Leningradi_Edasi_toimetus, lk 56
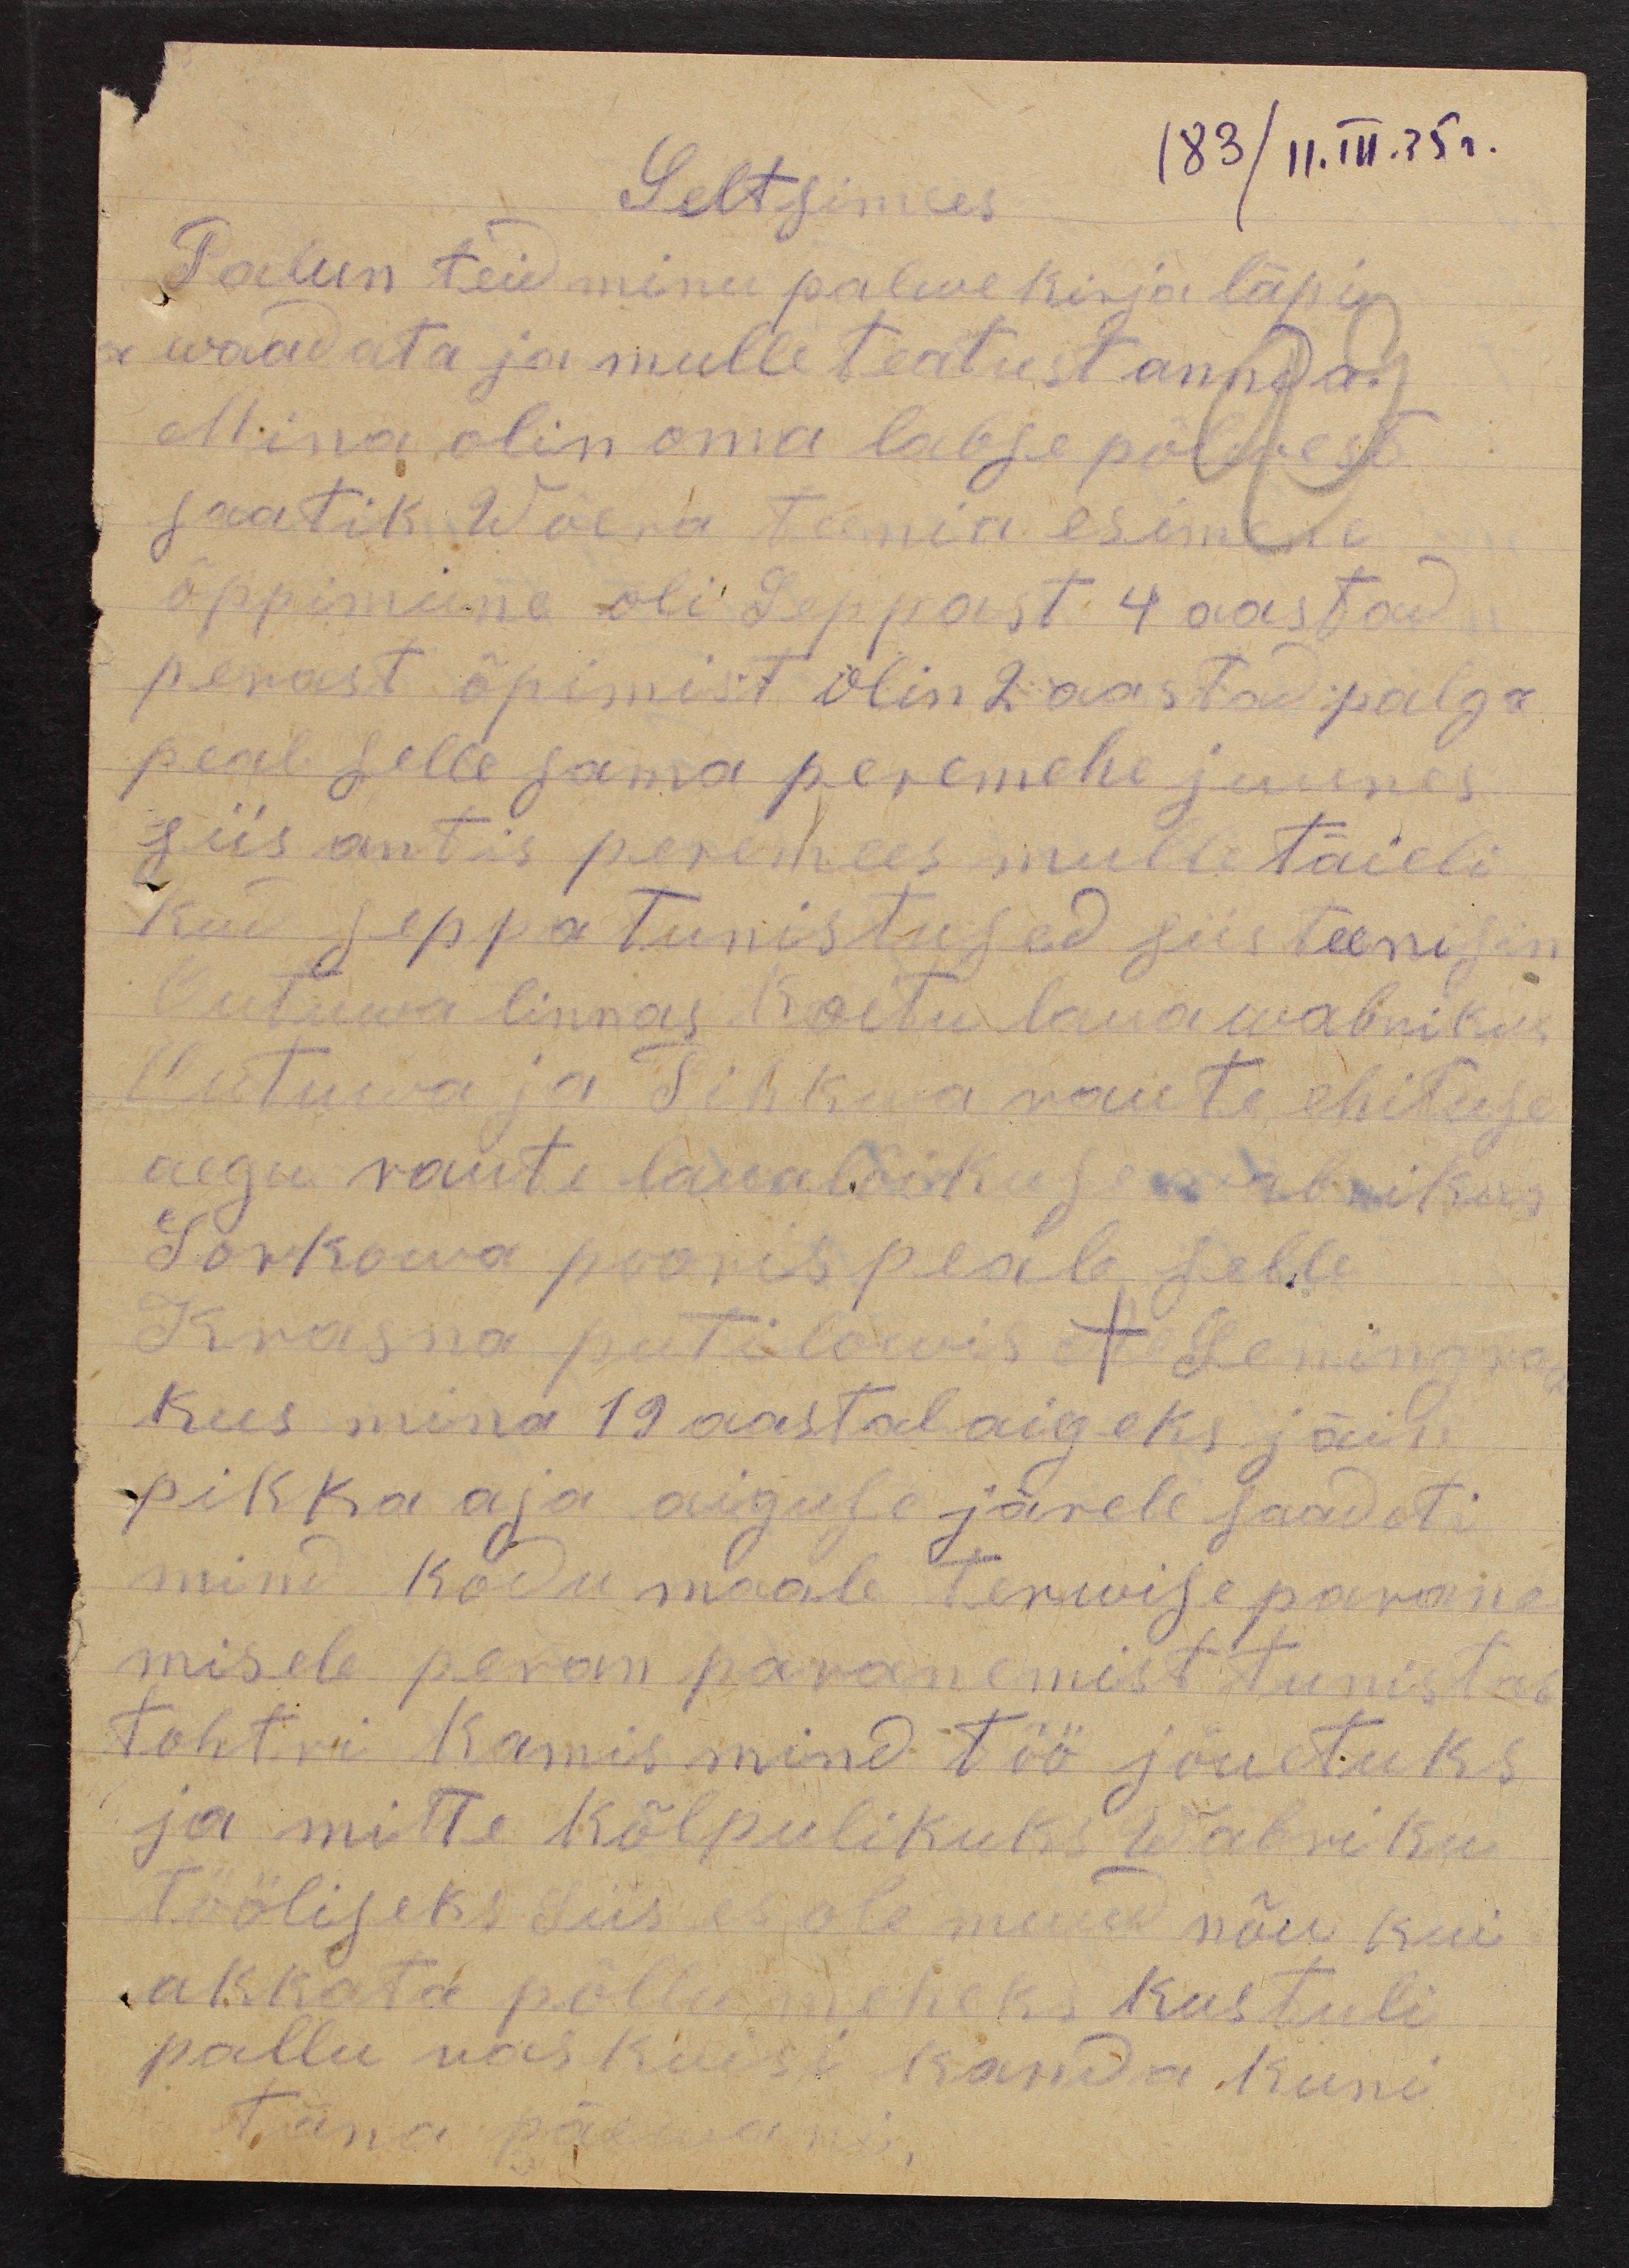
183/11.III.35 г.

Seltsimees
Palun teid minu palwe kirja läpi
waadata ja mulle teatust annda.
Mina olin oma labse põlwest
saatik Wõera teenia esimene
õppiminne oli Seppast 4 aastad
perast õpimist olin 2 aastad palga
peal selle sama peremehe juures
siis antis peremees mulle täieli
kud seppa tunistused siis teenisin
Outuwa linnas Koitu lauawabrikus
Uutuwa ja Pihkwa raute ehituse
aegu raute laualõikuse wabrikus
Sorkowa provis peale selle
Krasna putilowis  + Leningra
kus mina 19 aastal aigeks jäin
pikka aja aiguse järele saadeti
mind kodu maale terwise parane-
misele peran paranemist tunistas
tohtri Kamis mind töö jõuetuks
ja mitte kõlpulikuks Wabriku
tööliseks. Siis ei ole muud nõu kui
akkata põllumeheks kus tuli
pallu raskuisi kanda kuni
täna päewani